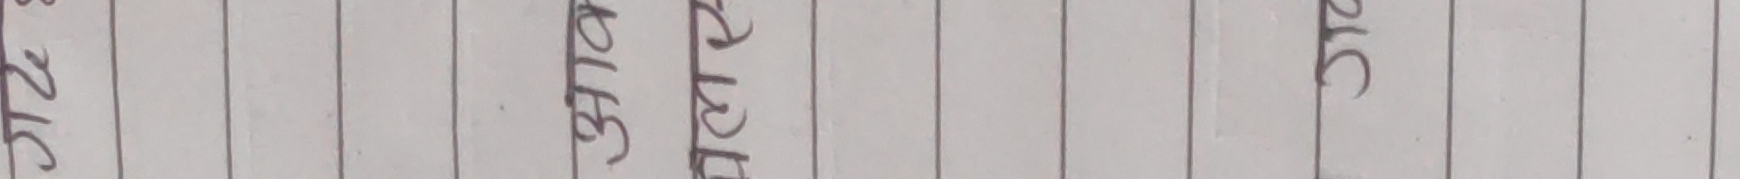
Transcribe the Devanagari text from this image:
२८ ३४८ अबद २टक